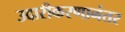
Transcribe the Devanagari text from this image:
उदारीकरणानंतर